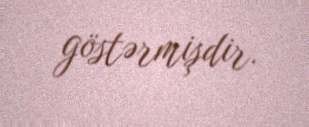
göstərmişdir.